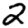
Digit: 2